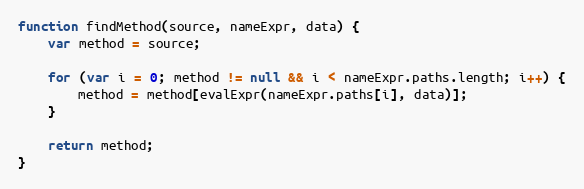
Language: JavaScript
function findMethod(source, nameExpr, data) {
    var method = source;

    for (var i = 0; method != null && i < nameExpr.paths.length; i++) {
        method = method[evalExpr(nameExpr.paths[i], data)];
    }

    return method;
}